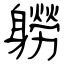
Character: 軂